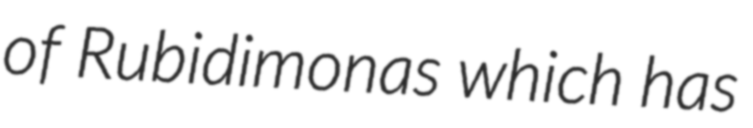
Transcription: of Rubidimonas which has